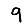
Digit: 9